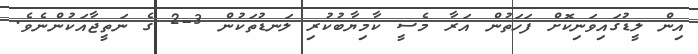
އިން ލީޑުގައިވަނިކޮށް ފަހަތުން އަރާ މެސީ ކާމިޔާބުކުރި ލަނޑުތަކުން 3-2 ގެ ނަތީޖާއަކުންނެވެ.